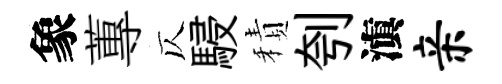
象蓴仄駸積刳滇亲